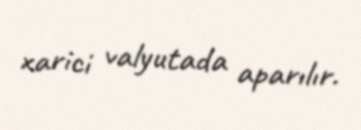
xarici valyutada aparılır.